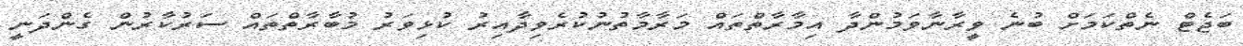
ބަޖެޓް ނެތްކަމަށް ބުނެ ވީރާނާވަމުންދާ އިމާރާތްތައް މަރާމާތުނުކުރެވިދާއިރު ކުޅިވަރު މުބާރާތްތައް ސަރުކާރުން ގެންދަނީ